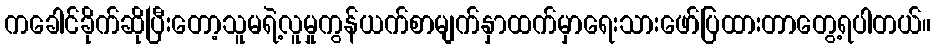
ကခေါင်ခိုက်ဆိုပြီးတော့သူမရဲ့လူမှုကွန်ယက်စာမျက်နှာထက်မှာရေးသားဖော်ပြထားတာတွေ့ရပါတယ်။